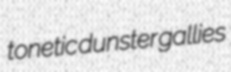
tonetic dunster gallies